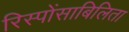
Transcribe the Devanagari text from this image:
रिस्पोंसाबिलिता